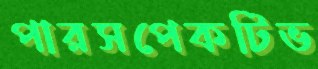
পারসপেকটিভ